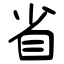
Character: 省